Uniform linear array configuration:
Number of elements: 16
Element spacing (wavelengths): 0.25
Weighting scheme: hamming
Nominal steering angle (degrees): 0
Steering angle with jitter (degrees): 0.2441
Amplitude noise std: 0.05
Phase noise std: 0.05

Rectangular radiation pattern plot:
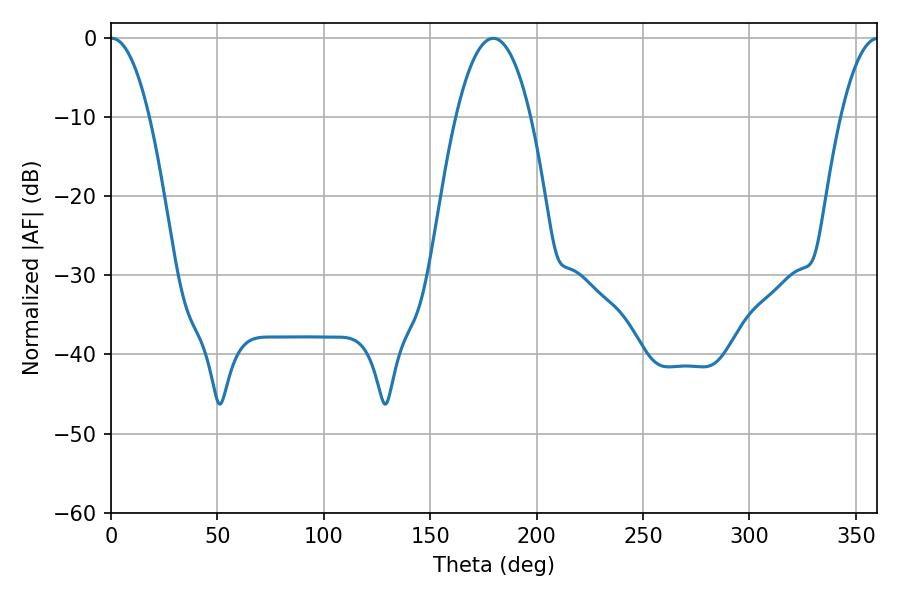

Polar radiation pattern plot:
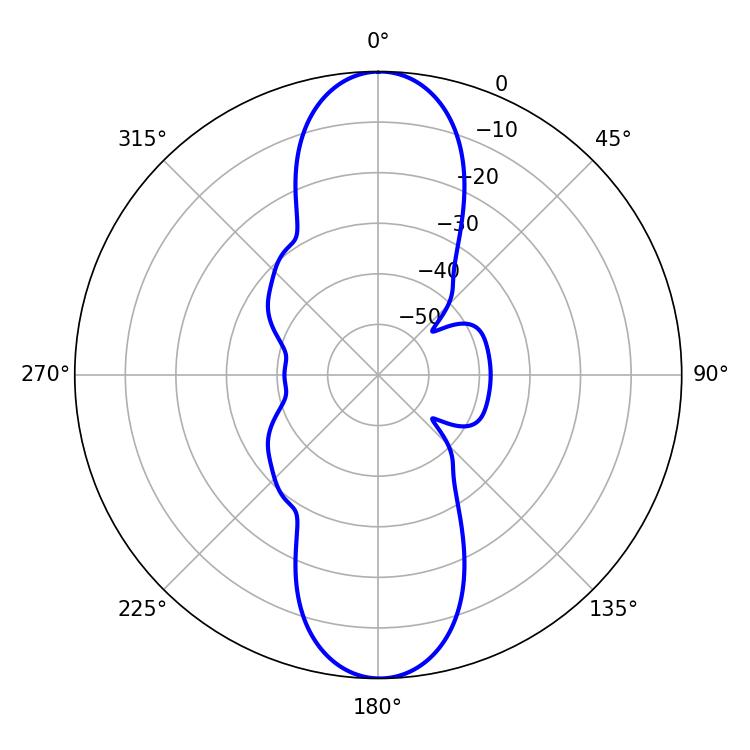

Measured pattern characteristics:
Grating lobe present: FALSE
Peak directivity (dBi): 26.366
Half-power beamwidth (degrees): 10.08
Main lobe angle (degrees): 0.36